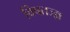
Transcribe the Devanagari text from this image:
विषतज्‍ज्ञ